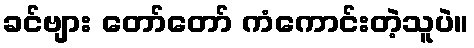
ခင်ဗျား တော်တော် ကံကောင်းတဲ့သူပဲ။